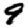
Digit: 9